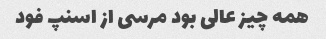
همه چیز عالی بود مرسی از اسنپ فود